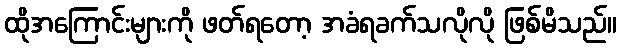
ထိုအကြောင်းများကို ဖတ်ရတော့ အခံရခက်သလိုလို ဖြစ်မိသည်။